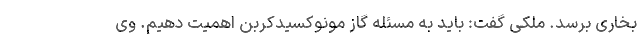
بخاری برسد. ملکی گفت: باید به مسئله گاز مونوکسیدکربن اهمیت دهیم. وی